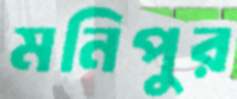
মনিপুর